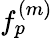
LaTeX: f_{p}^{(m)}